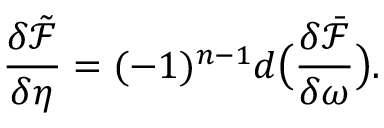
\frac { \delta \tilde { \mathcal { F } } } { \delta \eta } = ( - 1 ) ^ { n - 1 } d \big ( \frac { \delta \bar { \mathcal { F } } } { \delta \omega } \big ) .